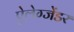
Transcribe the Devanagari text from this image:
ऐलेग्जेंडर